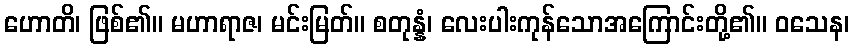
ဟောတိ၊ ဖြစ်၏။ မဟာရာဇ၊ မင်းမြတ်။ စတုန္နံ၊ လေးပါးကုန်သောအကြောင်းတို့၏။ ဝသေန၊